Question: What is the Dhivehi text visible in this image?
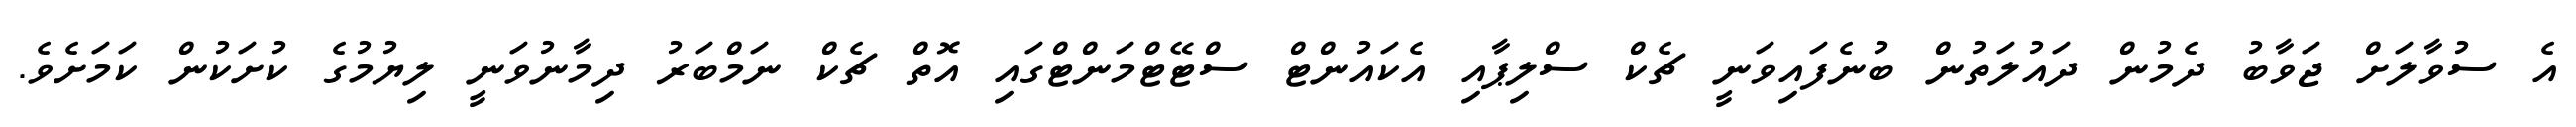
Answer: އެ ސުވާލަށް ޖަވާބު ދެމުން ދައުލަތުން ބުނެފައިވަނީ ޗެކް ސްލިޕާއި އެކައުންޓް ސްޓޭޓްމަންޓްގައި އޮތް ޗެކް ނަމްބަރު ދިމާނުވަނީ ލިޔުމުގެ ކުށަކުން ކަމަށެވެ.